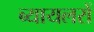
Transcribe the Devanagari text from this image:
ब्यायलरों